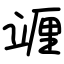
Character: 竰